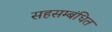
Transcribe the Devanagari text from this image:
सहसम्बंधित